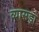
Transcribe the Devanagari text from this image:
व्यासड़ा